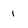
Character: i